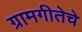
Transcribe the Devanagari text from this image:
ग्रामगीतेचे